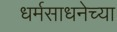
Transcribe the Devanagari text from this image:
धर्मसाधनेच्या